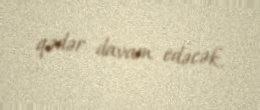
qədər davam edəcək.